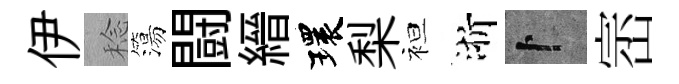
伊稔簜闘縉環梨袒浙卜崈